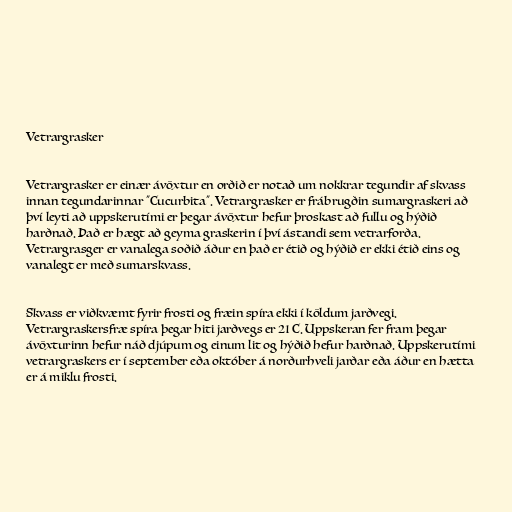
Vetrargrasker

Vetrargrasker er einær ávöxtur en orðið er notað um nokkrar tegundir af skvass
innan tegundarinnar "Cucurbita". Vetrargrasker er frábrugðin sumargraskeri að
því leyti að uppskerutími er þegar ávöxtur hefur þroskast að fullu og hýðið
harðnað. Það er hægt að geyma graskerin í því ástandi sem vetrarforða.
Vetrargrasger er vanalega soðið áður en það er étið og hýðið er ekki étið eins og
vanalegt er með sumarskvass.

Skvass er viðkvæmt fyrir frosti og fræin spíra ekki í köldum jarðvegi.
Vetrargraskersfræ spíra þegar hiti jarðvegs er 21 C. Uppskeran fer fram þegar
ávöxturinn hefur náð djúpum og einum lit og hýðið hefur harðnað. Uppskerutími
vetrargraskers er í september eða október á norðurhveli jarðar eða áður en hætta
er á miklu frosti.